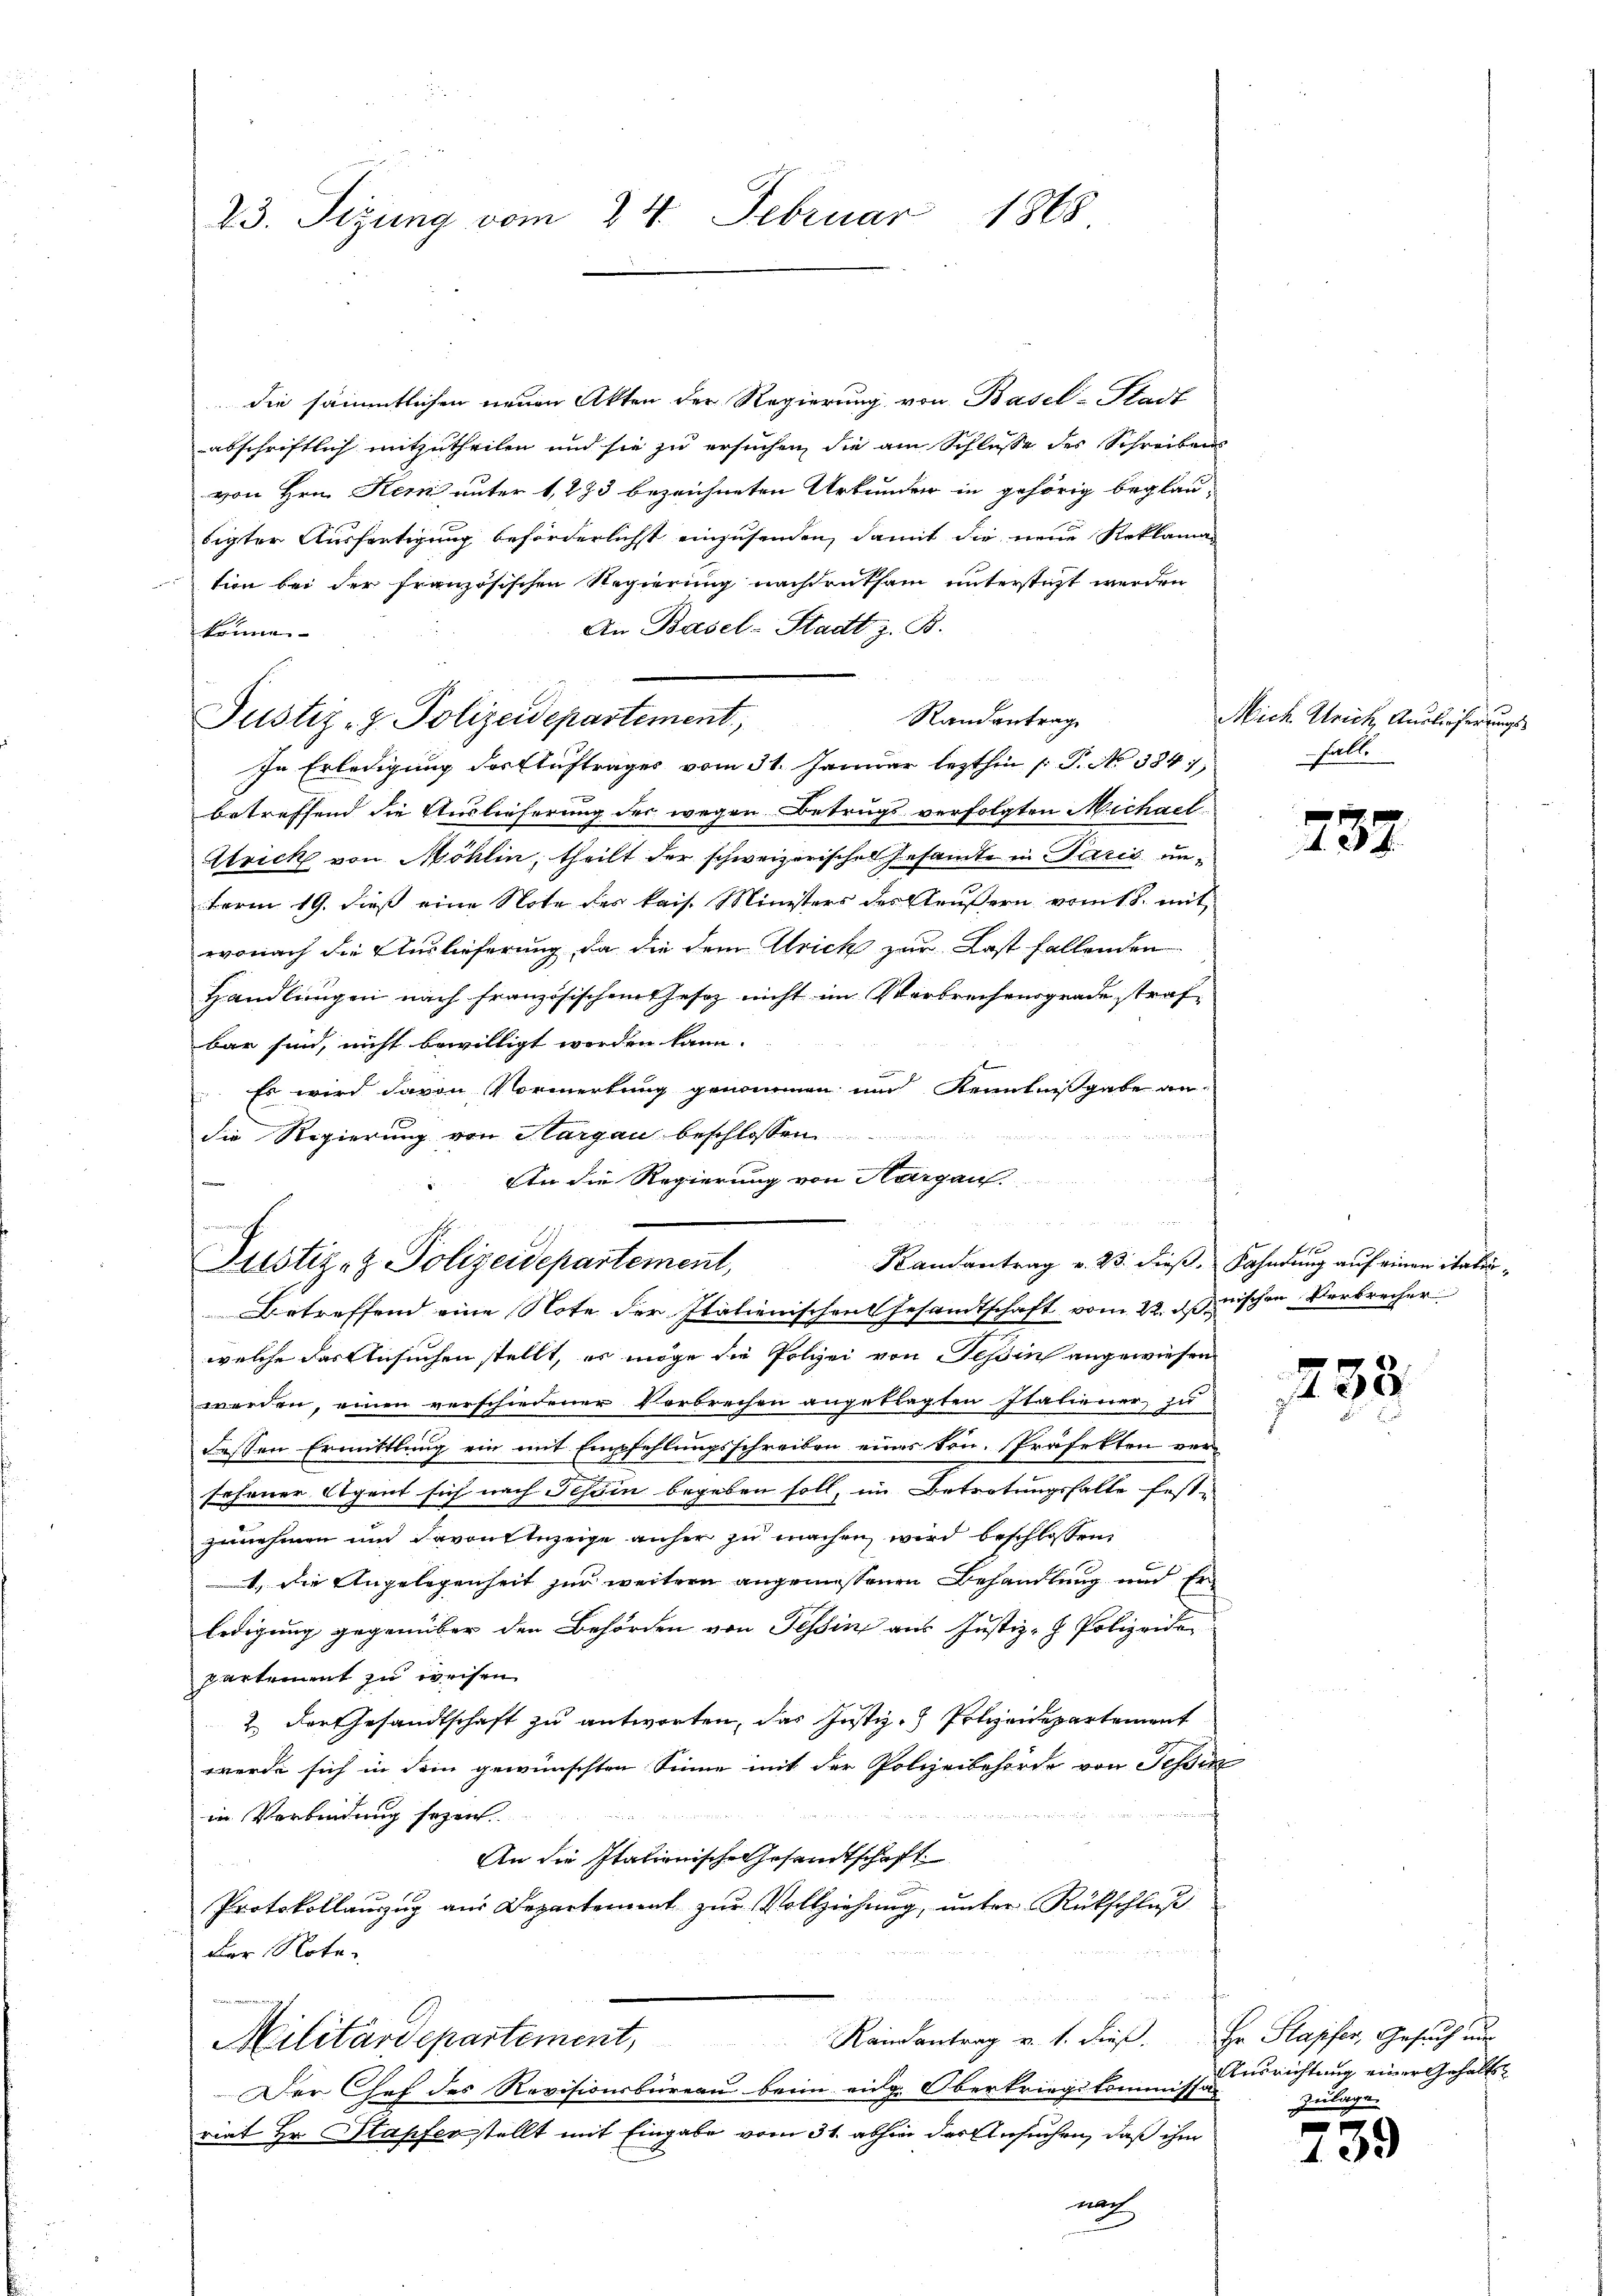
23. Sizung vom 24. Februar 1868

die sämmtlichen neuen Akten der Regierung von Basel-Stadt
abschriftlich mitzutheilen und sie zu ersuchen die am Schlüsse des Schreibens
von Hrn. Kern unter 1,273 bezeichneten Urkunden in gehörig beglau-
bigter Ausfertigung beförderlichst einzusenden, damit die neue Reklama
tion bei der französischen Regierung nachdruksam unterstüzt werden
An Basel-Stadt z. B.
können
Randantrag
Justiz- & Polizeidepartement,
In Erledigung der Eluftrages vom 31. Januar lezthin  P. No 384.
betreffend die Auslieferung der wegen Betrugs verfolgten Michael
Urick von Möhlin, theilt der schweizerischen Gesamte in Paris un¬
Form 19. dieß eine Note des kais. Ministers des Aeußern vom 18. mit
wonach die Auslieferung, da die dem Ulrich zur Last fallenden
Handlungen nach französischem Gesetz nicht im Verbrechengrade strafbar sind, nicht bewilligt worden kann.
 Es wird davon Vormerkung genommen und Kenntnissgabe an-
en
die Regierung von Sargau beschlossen
t
An die Regierung von Aargau.

u

Randantrag v. 23. dieß
Justiz- & Polizeidepartement,
Betreffend eine Note der Italienischen Gesamtschaft vom 22. dischen Verbrecher

Mich Ulrich, Auslieferungs
falle

welche das Ansuchen stellt, es möge die Polizei von Tessin angewiesen
werden, einen verschiedener Verbrechen angetragten Statiener zu
dessen Ermittlung ein mit Empfehlungsschreiben eines kon-Präfekten verschöner Eigent sich nach Tessin begeben soll, im Betretungsfalle fest-
zunehmen und davon Anzeige anher zu machen wird beschlossen,
1., die Angelegenheit zur weitern angemessenen Behandlung und Erledigung gegenüber den Behörden von Tessin aus Justiz- Polizeiden
partement zu weisen.
2. Der Gesandtschaft zu antworten, das Justiz - Polizeidepartement
werde sich in dem gewünschten Sinne mit der Polizeibehörde von Tessin
in Verbindung sezen.
An die Italienische Gesandtschaft.
Protokollauszug aus Departement zur Vollziehung, unter Rückschluß
der Note.
inen
Randantrag v. 1. dieß. Er Stapfer, Gesuch un
Militärdepartement,
Der Chef des Revisionsbüreau beim eidg. Oberkriegskommissa
riat Hr. Stapfer stellt mit Eingabe vom 31. abhin der Ansuchen, daß ihm
nach

737

fast |
1. Fahndung auf einen italin¬

1793.

Ausrichtung einer Gehalts
Zulage.

15.